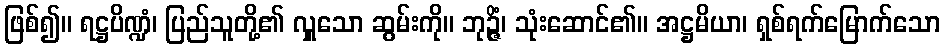
ဖြစ်၍။ ရဋ္ဌပိဏ္ဍံ၊ ပြည်သူတို့၏ လှူသော ဆွမ်းကို။ ဘုဉ္ဇိံ၊ သုံးဆောင်၏။ အဋ္ဌမိယာ၊ ရှစ်ရက်မြောက်သော